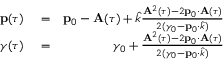
\begin{array} { r l r } { { \bf p } ( \tau ) } & { { } = } & { { \bf p } _ { 0 } - { \bf A } ( \tau ) + \hat { k } \frac { { \bf A } ^ { 2 } ( \tau ) - 2 { \bf p } _ { 0 } \cdot { \bf A } ( \tau ) } { 2 ( \gamma _ { 0 } - { \bf p } _ { 0 } \cdot \hat { k } ) } } \\ { \gamma ( \tau ) } & { { } = } & { \gamma _ { 0 } + \frac { { \bf A } ^ { 2 } ( \tau ) - 2 { \bf p } _ { 0 } \cdot { \bf A } ( \tau ) } { 2 ( \gamma _ { 0 } - { \bf p } _ { 0 } \cdot \hat { k } ) } } \end{array}